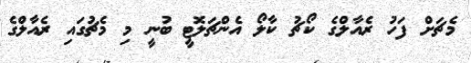
މެޗަށް ފަހު ރެއާލްގެ ކޯޗު ކާލޯ އެންޗަލޮޓީ ބުނީ މި މެޗުގައި ރެއާލްގެ